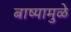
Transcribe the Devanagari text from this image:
बाष्पामुळे